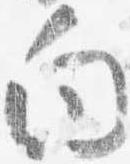
向